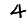
Digit: 4